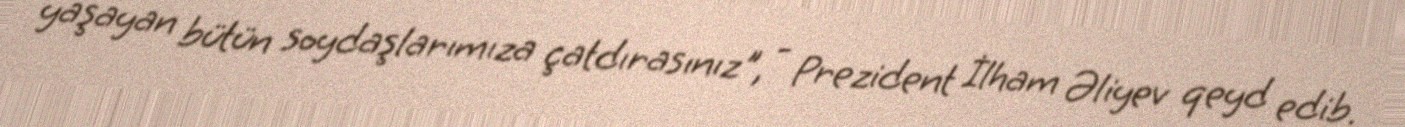
yaşayan bütün soydaşlarımıza çatdırasınız", - Prezident İlham Əliyev qeyd edib.